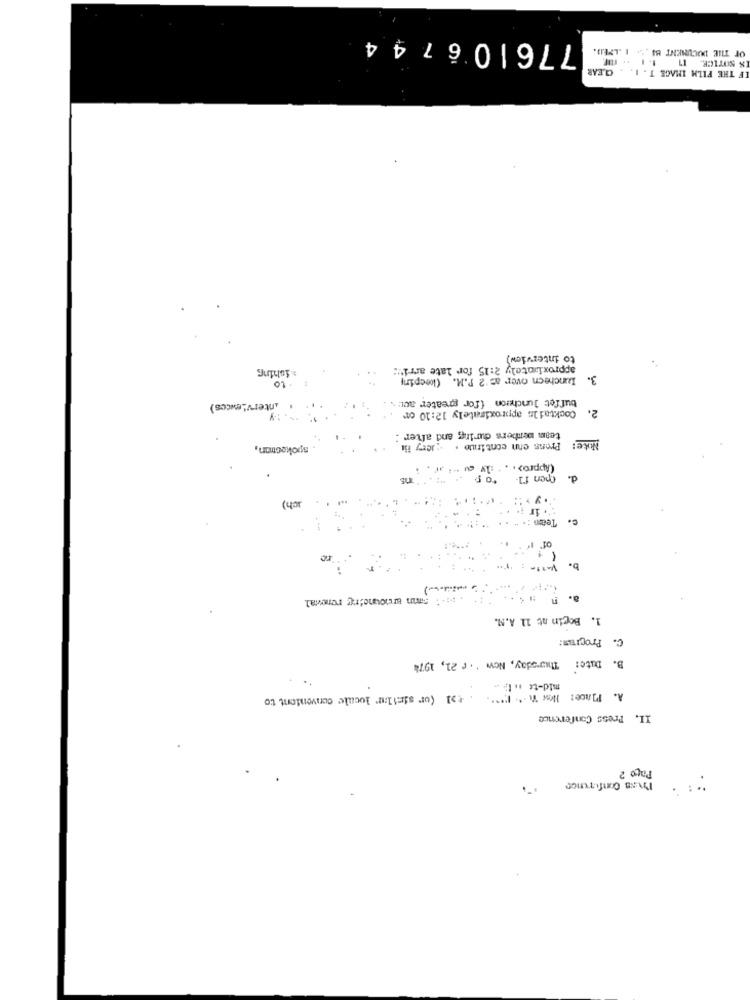
776106744
OF THE DOCUMENT BA ... I .LMED.
IF THE FILM IMAGE T . I. . CLEAR
to interview)
&ishing
approximately 2:15 for late arri":
Luncheen over a= '2 P.M. (keepiry
3.
to
buffet luncheon (for greater act
interviewces)
2.
Cocktails approximately 12:10 or
team members during and after :
. spokecon,
Prons enn continuo . Jery iit
(pen fl
ich)
Team
b.
- --- )
. s.i sin announcing renewal
1. Bogin at 11 A.M.
c. Program:
B. Date: Thursday, Now ' . ~ 21, 1974
mid-te .. li-
. +1 (or similar locale convenient to
A. Place: How W .. " P"".
II. Press Conference
Pago 2